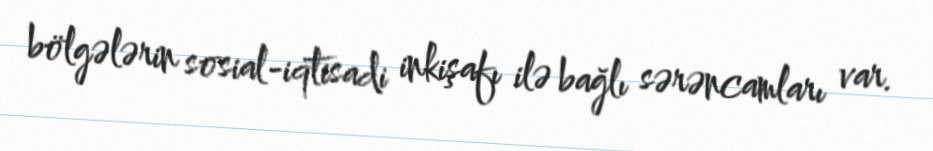
bölgələrin sosial-iqtisadi inkişafı ilə bağlı sərəncamları var.